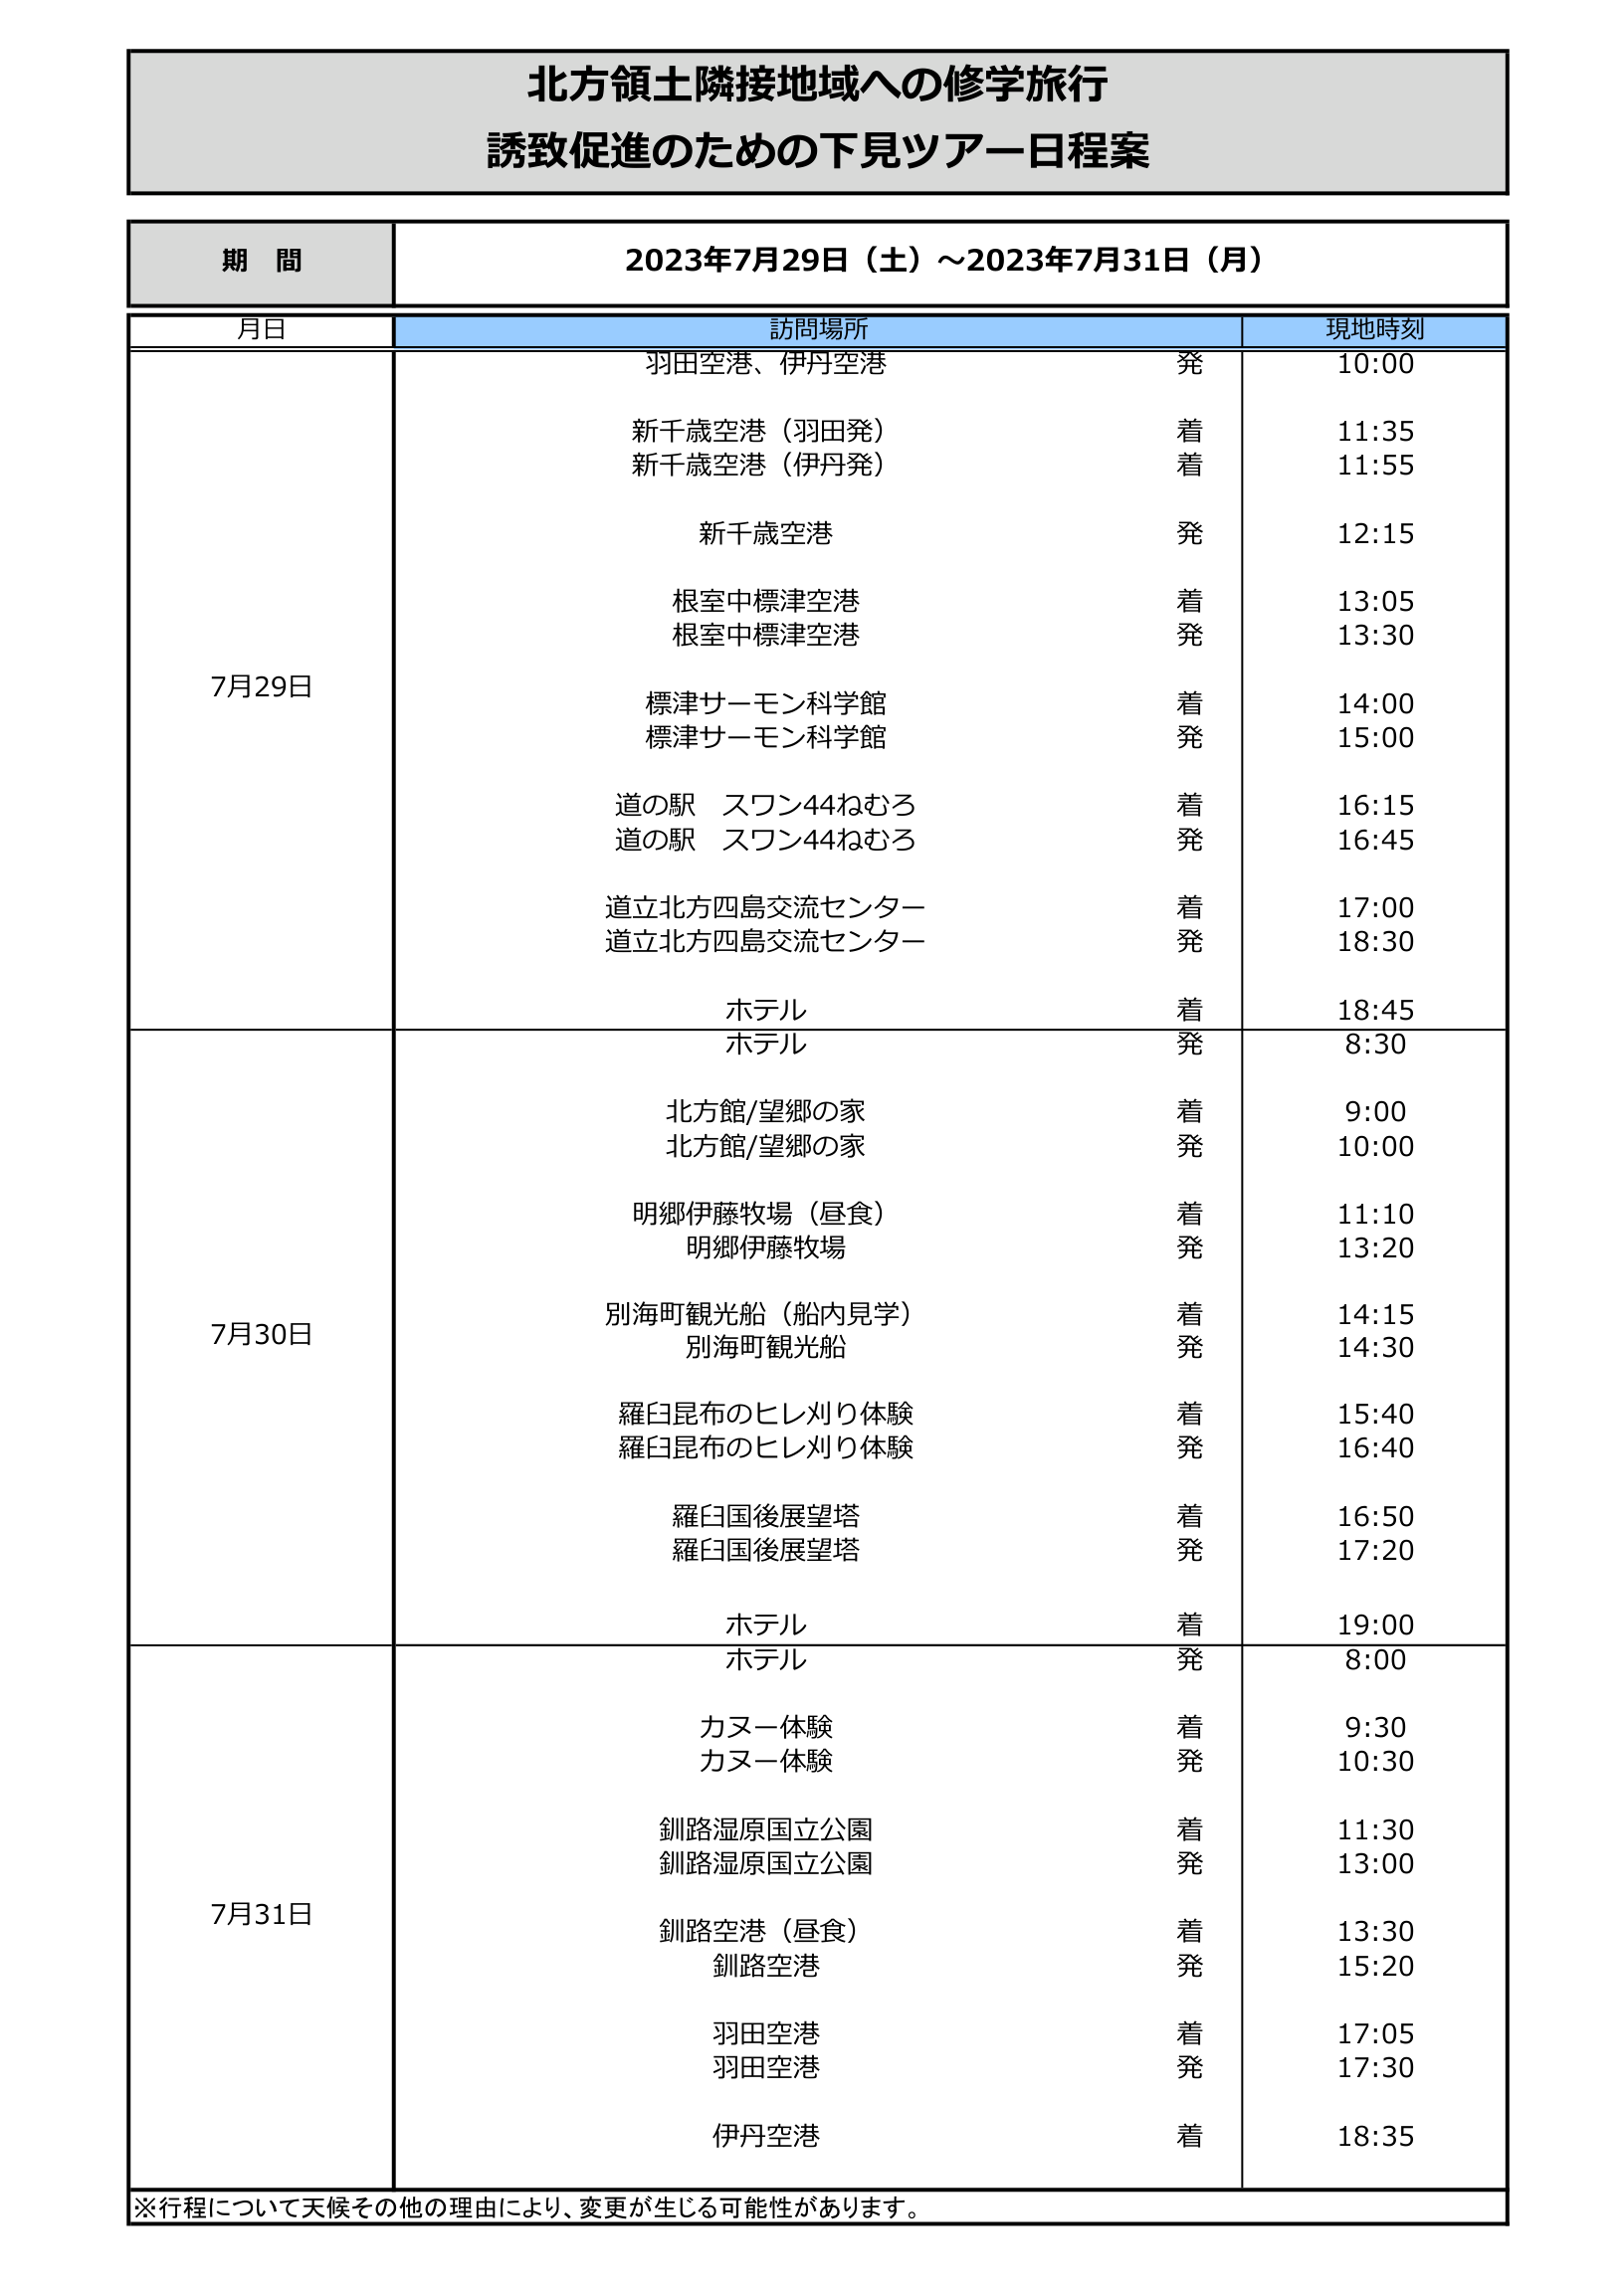
北方領土隣接地域への修学旅行
誘致促進のための下見ツアー日程案

期 間
2023年7月29日（土）～2023年7月31日（月）

月日 訪問場所 現地時刻

7月29日
羽田空港、伊丹空港 発 10:00
新千歳空港（羽田発） 着 11:35
新千歳空港（伊丹発） 着 11:55
新千歳空港 発 12:15
根室中標津空港 着 13:05
根室中標津空港 発 13:30
標津サーモン科学館 着 14:00
標津サーモン科学館 発 15:00
道の駅 スワン44ねむろ 着 16:15
道の駅 スワン44ねむろ 発 16:45
道立北方四島交流センター 着 17:00
道立北方四島交流センター 発 18:30
ホテル 着 18:45

7月30日
ホテル 発 8:30
北方館/望郷の家 着 9:00
北方館/望郷の家 発 10:00
明郷伊藤牧場（昼食） 着 11:10
明郷伊藤牧場 発 13:20
別海町観光船（船内見学） 着 14:15
別海町観光船 発 14:30
羅臼昆布のヒレ刈り体験 着 15:40
羅臼昆布のヒレ刈り体験 発 16:40
羅臼国後展望塔 着 16:50
羅臼国後展望塔 発 17:20
ホテル 着 19:00

7月31日
ホテル 発 8:00
カヌー体験 着 9:30
カヌー体験 発 10:30
釧路湿原国立公園 着 11:30
釧路湿原国立公園 発 13:00
釧路空港（昼食） 着 13:30
釧路空港 発 15:20
羽田空港 着 17:05
羽田空港 発 17:30
伊丹空港 着 18:35

※行程について天候その他の理由により、変更が生じる可能性があります。